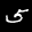
Label: 5